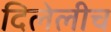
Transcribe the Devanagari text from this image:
दिलेलीच